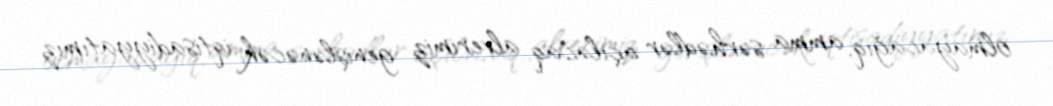
olmayacağıq, amma sərhədlər açılacaq, alverimiz genişlənəcək, iqtisadiyyatımız